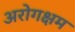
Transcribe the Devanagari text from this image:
अरोगक्षम